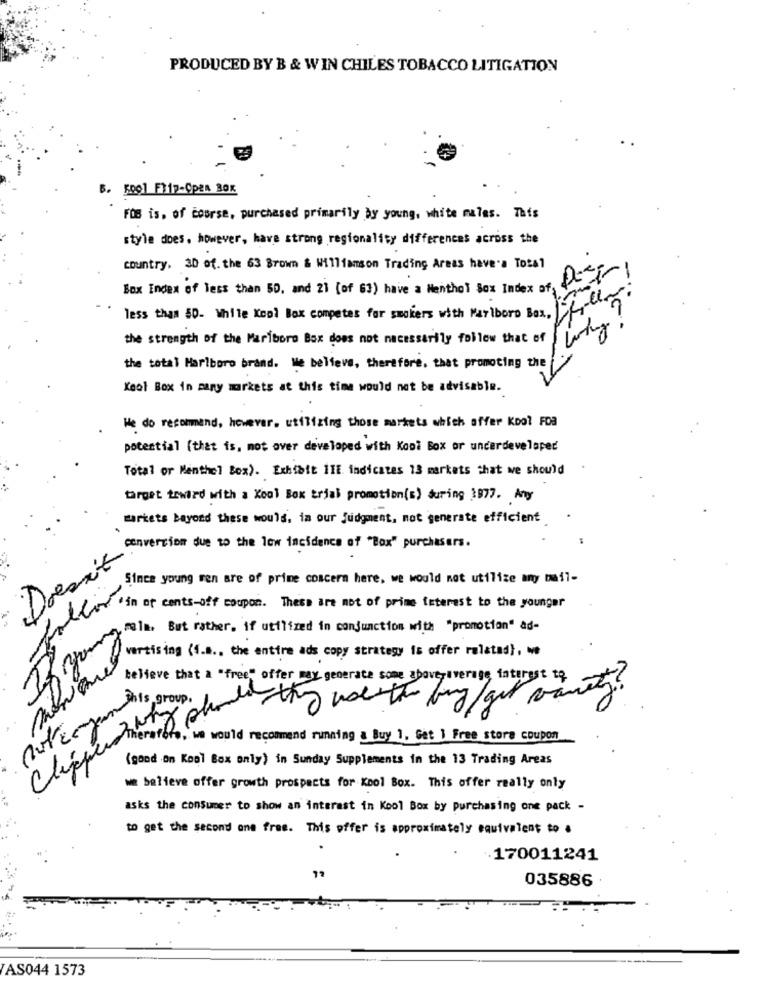
PRODUCED BY B & WIN CHILES TOBACCO LITIGATION
B. 500] F317-CpEn BOK
FOB is. of course, purchased primarily by young, white males. This
style does. however, have strong regionality differences across the
country, 30 of the 63 Brown & Williamson Trading Areas have's Total
Box Index of less than 50, and 21 [of 63) have a Menthol Box Index ofy
less than 50- While Kool Box competes for smokers with Marlboro Box,
the strength of the Mariboro Box does not necessarily follow that of
the total Marlboro brand. We believe, therefore, that promoting the
Kool Box in many markets at this time would not be advisable.
We do recommand, however. utilizing those markets which offer Kool FOa
potential (that is, mot over developed with Kooi Box or underdeveloped
Total or Menthel Box). Exhibit ITE indicates 13 markets that we should
target trwird with a Kcal Box trial promotion(s) during 1977. Any
markets beyond these would, in our judgment, mot generate efficient
conversion due to the low incidence of "Box" purchasers.
Doesit
Since young men are of prime concern here, we would not utilize any mail-
fin of cents-off coupon. These are mot of prime teterest to the younger
Il ar oun, but rather . if utilidad de parfumneden with "promotion" do"
vertising (4.a ., the entire ads copy strategy is offer related), Me
believe that a "free" offer may generate some aboveaverage interest to.
But Eenyear this group,
,We would recommend running & Buy 1. Get 1 Free store coupon
(good on Kool Box only) in Sunday Supplements in the 13 Trading Areas
we believe offer growth prospects for Kool Box. This offer really only
asks the consumer to show an interest in Kool Box by Purchasing one pack -
to get the second one free. This offer is approximately equivalent to .
.170011241
72
035886
/AS044 1573